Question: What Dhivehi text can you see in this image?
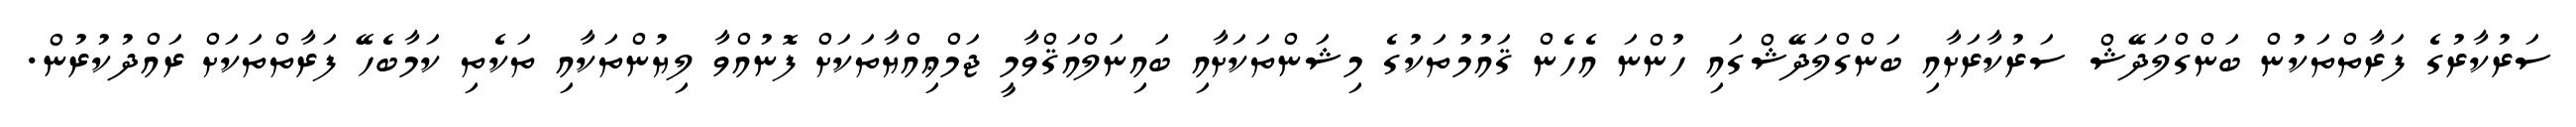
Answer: ސަރުކާރުގެ ފަރާތްތަކުން ބަންގްލަދޭޝް ސަރުކާރަށާއި ބަންގްލަދޭޝްގައި ހުންނަ އެހެން ޤައުމުތަކުގެ މިޝަންތަކަށާއި ބައިނަލްއަޤްވާމީ ޖަމްޢިއްޔާތަކަށް ފޮނުއްވާ ލިޔުންތަކާއި ތަކެތި ކަމާބެހޭ ފަރާތްތަކަށް ރައްދުކުރުން.